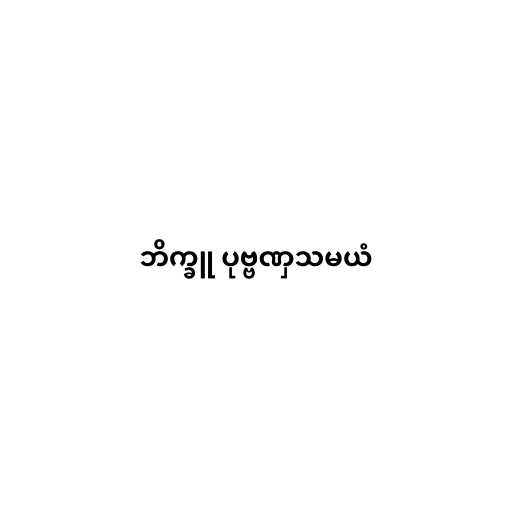
ဘိက္ခူ ပုဗ္ဗဏှသမယံ